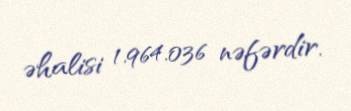
əhalisi 1.964.036 nəfərdir.